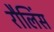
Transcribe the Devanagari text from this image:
रौलिंस